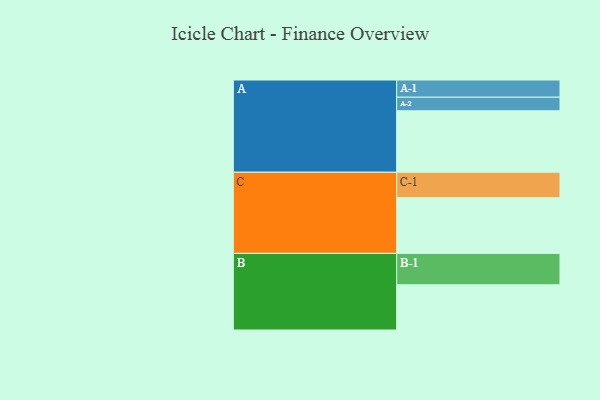
{"axis": {"x": "Segment", "y": "Value"}, "legend": ["", "A", "B", "C"], "data": [{"x": "A", "y": 546, "type": ""}, {"x": "B", "y": 402, "type": ""}, {"x": "C", "y": 495, "type": ""}, {"x": "A-1", "y": 153, "type": "A"}, {"x": "A-2", "y": 121, "type": "A"}, {"x": "B-1", "y": 279, "type": "B"}, {"x": "C-1", "y": 226, "type": "C"}]}